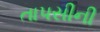
તાપસીની